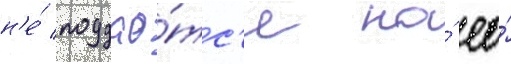
н'е́ поддао́тс'я на́ ео́